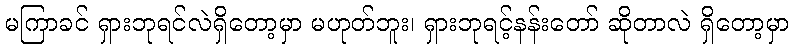
မကြာခင် ရှားဘုရင်လဲရှိတော့မှာ မဟုတ်ဘူး၊ ရှားဘုရင့်နန်းတော် ဆိုတာလဲ ရှိတော့မှာ